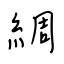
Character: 綢